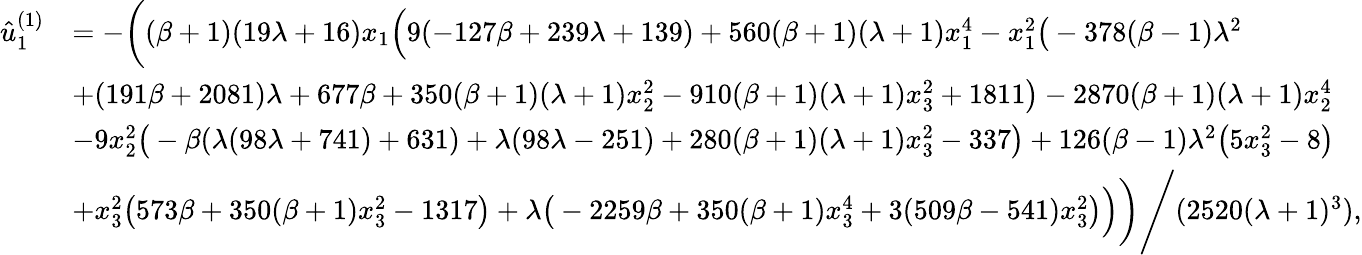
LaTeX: \begin{array}{rl}{\hat{u}_{1}^{(1)}}&{=-\bigg((\beta+1)(19\lambda+16)x_{1}\Big(9(-127\beta+239\lambda+139)+560(\beta+1)(\lambda+1)x_{1}^{4}-x_{1}^{2}\big(-378(\beta-1)\lambda^{2}}\\ &{+(191\beta+2081)\lambda+677\beta+350(\beta+1)(\lambda+1)x_{2}^{2}-910(\beta+1)(\lambda+1)x_{3}^{2}+1811\big)-2870(\beta+1)(\lambda+1)x_{2}^{4}}\\ &{-9x_{2}^{2}\big(-\beta(\lambda(98\lambda+741)+631)+\lambda(98\lambda-251)+280(\beta+1)(\lambda+1)x_{3}^{2}-337\big)+126(\beta-1)\lambda^{2}\big(5x_{3}^{2}-8\big)}\\ &{+x_{3}^{2}\big(573\beta+350(\beta+1)x_{3}^{2}-1317\big)+\lambda\big(-2259\beta+350(\beta+1)x_{3}^{4}+3(509\beta-541)x_{3}^{2}\big)\Big)\bigg)\Bigg/(2520(\lambda+1)^{3}),}\end{array}